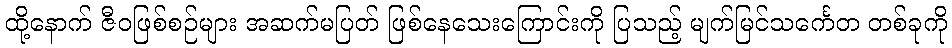
ထို့နောက် ဇီဝဖြစ်စဉ်များ အဆက်မပြတ် ဖြစ်နေသေးကြောင်းကို ပြသည့် မျက်မြင်သင်္ကေတ တစ်ခုကို